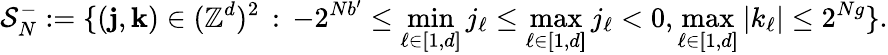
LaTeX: \mathcal{S}_{N}^{-}:=\{ (\mathbf{j},\mathbf{k})\in(\mathbb{Z}^{d})^{2}\, :\, -2^{Nb^{\prime}}\leq\operatorname*{min}_{\ell\in[\! [1,d]\! ]}j_{\ell}\leq\operatorname*{max}_{\ell\in[\! [1,d]\! ]}j_{\ell}<0,\operatorname*{max}_{\ell\in[\! [1,d]\! ]}|k_{\ell}|\leq 2^{Ng}\} .